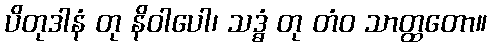
ပိတုဒါနံ တု နိဝါပေါ၊ သဒ္ဓံ တု တံဝ သာတ္ထတော။